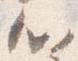
心